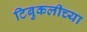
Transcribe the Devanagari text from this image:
टिबुकलीच्‍या